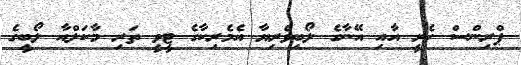
ޕްރިންސް ހެރީ އާއި އޭނާގެ ލޯބިވެރިޔާ އެމެރިކާގެ ޓީވީ ތަރި މާކަލްއާ ލޯބީގެ